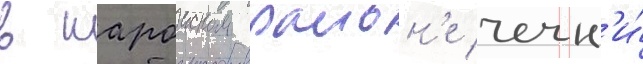
в шароиском раион'е чечн'и́